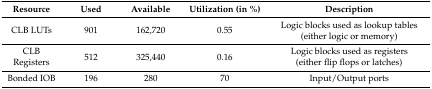
| Resource | Used | Available | Utilization (in %) | Description |
 | --- | --- | --- | --- | --- |
 | CLB LUTs | 901 | 162,720 | 0.55 | Logic blocks used as lookup tables(either logic or memory) |
 | CLB Registers | 512 | 325,440 | 0.16 | Logic blocks used as registers(either flip flops or latches) |
 | Bonded IOB | 196 | 280 | 70 | Input/Output ports |